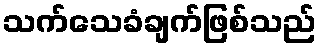
သက်သေခံချက်ဖြစ်သည်